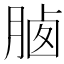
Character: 𣍽